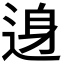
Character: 𨓉